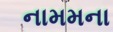
નામમના